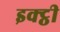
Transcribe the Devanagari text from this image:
इक्ट्ठी